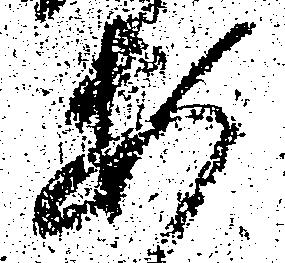
安